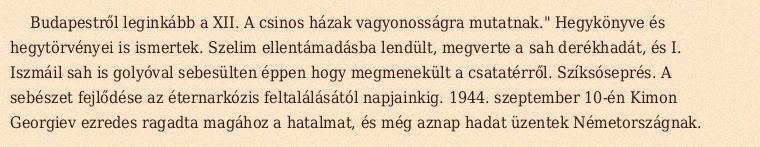
Budapestről leginkább a XII. A csinos házak vagyonosságra mutatnak." Hegykönyve és hegytörvényei is ismertek. Szelim ellentámadásba lendült, megverte a sah derékhadát, és I. Iszmáil sah is golyóval sebesülten éppen hogy megmenekült a csatatérről. Szíksóseprés. A sebészet fejlődése az éternarkózis feltalálásától napjainkig. 1944. szeptember 10-én Kimon Georgiev ezredes ragadta magához a hatalmat, és még aznap hadat üzentek Németországnak.